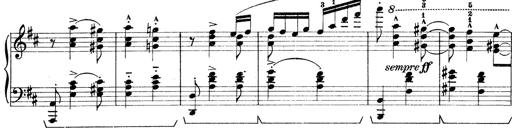
Title: Rapsodie: 19 ungheresi, 1 spagnuola
Composer: Franz Liszt